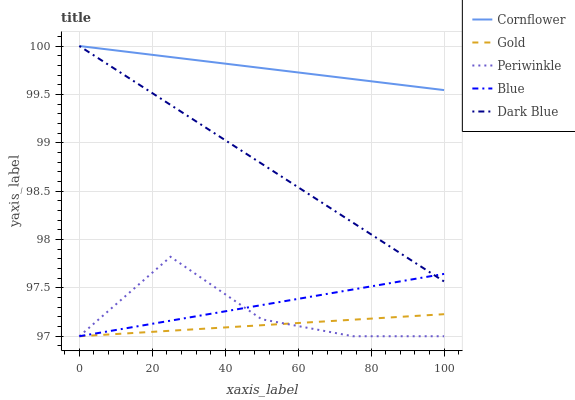
| xaxis_label | Cornflower | Gold | Periwinkle | Blue | Dark Blue |
 | --- | --- | --- | --- | --- | --- |
 | 0 | 100 | 97 | 97 | 97 | 100 |
 | 25 | 99.9 | 97.1 | 97.8 | 97.2 | 99.4 |
 | 50 | 99.8 | 97.1 | 97.2 | 97.3 | 98.8 |
 | 75 | 99.7 | 97.2 | 97 | 97.5 | 98.2 |
 | 100 | 99.5 | 97.2 | 97 | 97.6 | 97.6 |